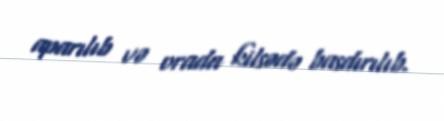
aparılıb və orada kilsədə basdırılıb.